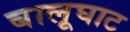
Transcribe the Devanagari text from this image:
बालूघाट